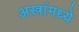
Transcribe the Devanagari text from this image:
अस्त्रांमध्ये